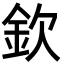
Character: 欽